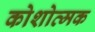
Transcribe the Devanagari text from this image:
कोशोत्मक